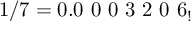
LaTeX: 1 / 7 = 0 . 0 \ 0 \ 0 \ 3 \ 2 \ 0 \ 6 _ { ! }